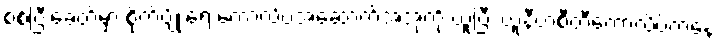
စစ်ပြီးခေတ်မှာ စိုက်ပျိုးရေးကောလိပ်အဆောက်အအုံကို ယူပြီး ယူနီဗာစီတီကောလိပ်ကနေ